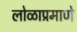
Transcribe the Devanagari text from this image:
लोळाप्रमाणे